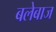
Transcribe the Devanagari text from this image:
बलेबाज